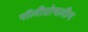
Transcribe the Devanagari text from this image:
पॉलीप्रोपलीन